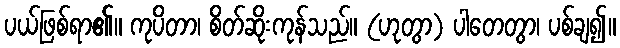
ပယ်ဖြစ်ရာ၏။ ကုပိတာ၊ စိတ်ဆိုးကုန်သည်။ (ဟုတွာ) ပါတေတွာ၊ ပစ်ချ၍။